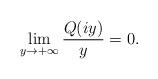
LaTeX: \begin{align*} \lim_{y \to +\infty} \frac{Q(iy)}{y} =0.\end{align*}